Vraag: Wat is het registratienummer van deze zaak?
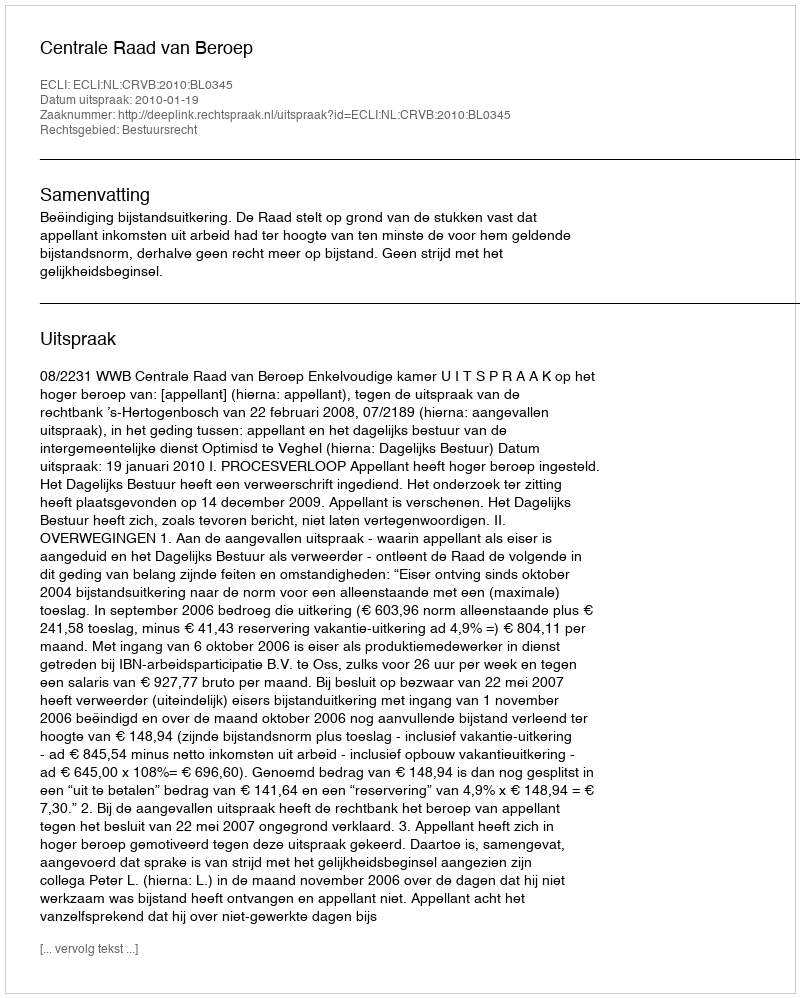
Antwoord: http://deeplink.rechtspraak.nl/uitspraak?id=ECLI:NL:CRVB:2010:BL0345